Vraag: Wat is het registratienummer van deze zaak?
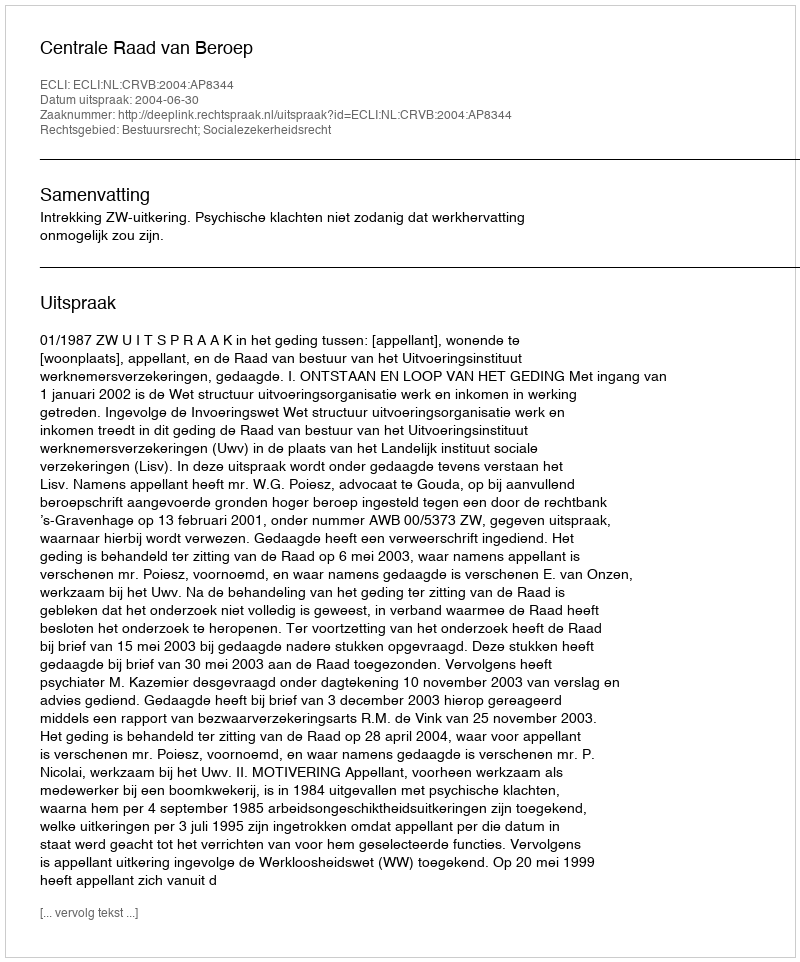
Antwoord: http://deeplink.rechtspraak.nl/uitspraak?id=ECLI:NL:CRVB:2004:AP8344